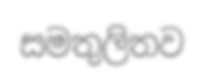
සමතුලිතව